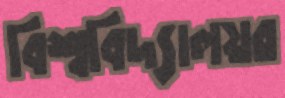
বিশ্ববিদ্যালয়র